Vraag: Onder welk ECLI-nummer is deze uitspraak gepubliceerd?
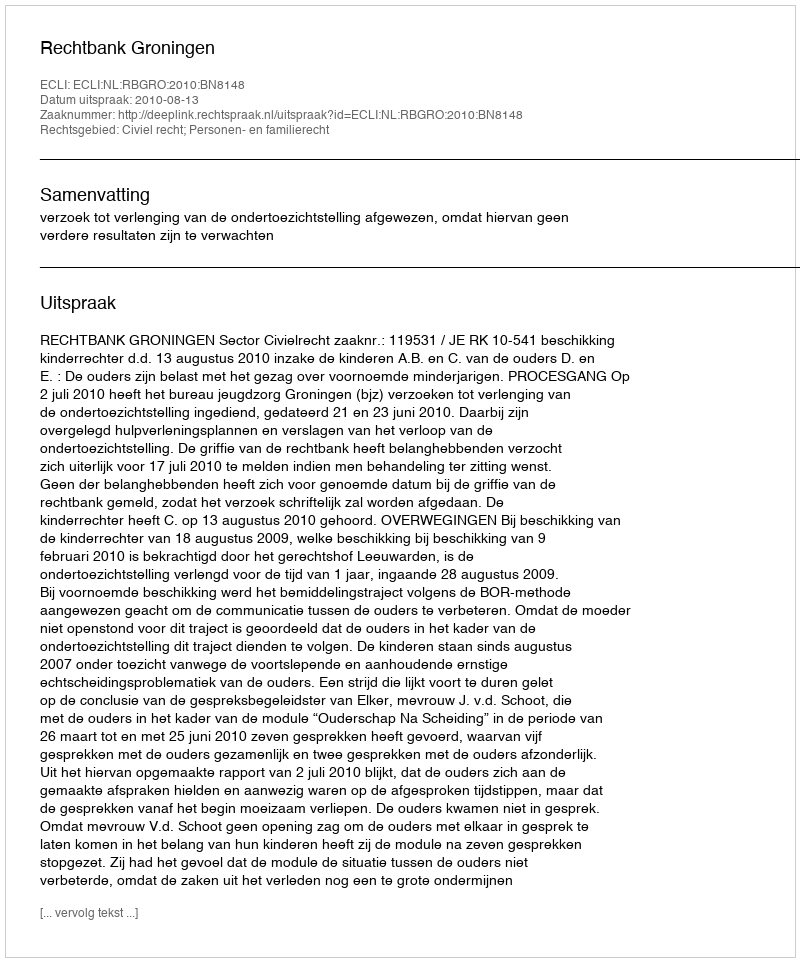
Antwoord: ECLI:NL:RBGRO:2010:BN8148